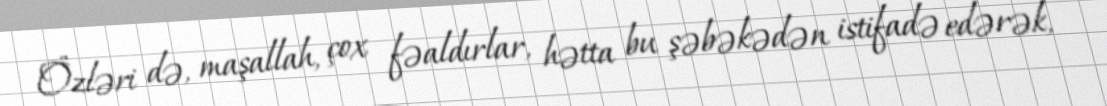
Özləri də, maşallah, çox fəaldırlar, hətta bu şəbəkədən istifadə edərək,